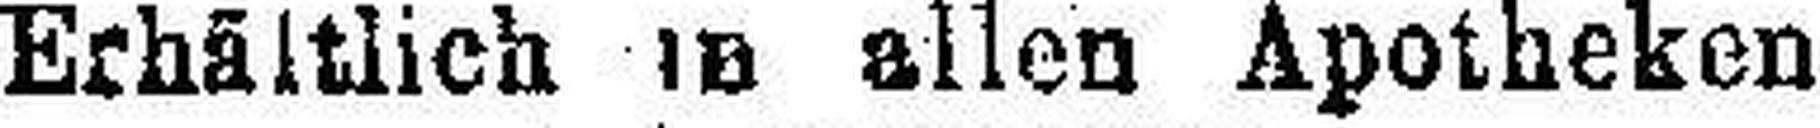
Erhältlich ib allen Apotheken